Account of plague administration in the Bombay Presidency from September 1896 till May 1897
Year: 1896
Disease focus: Plague
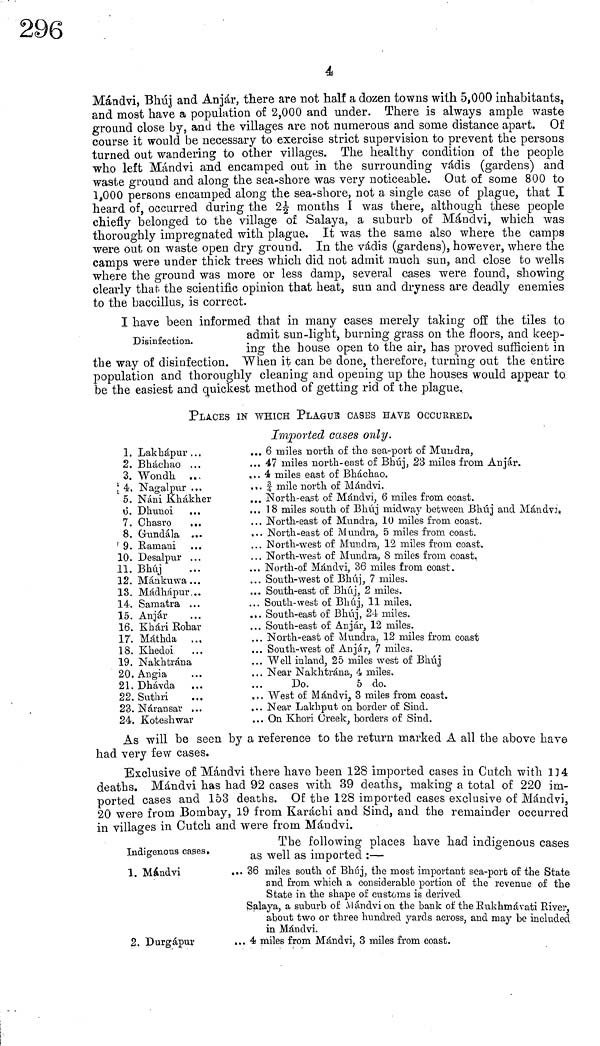
4
Mándvi, Bhúj and Anjár, there are not half a dozen towns with 5,000 inhabitants,
and most have a population of 2,000 and under. There is always ample waste
ground close by, and the villages are not numerous and some distance apart. Of
course it would be necessary to exercise strict supervision to prevent the persons
turned out wandering to other villages. The healthy condition of the people
who left Mándvi and encamped out in the surrounding vádis (gardens) and
waste ground and along the sea-shore was very noticeable. Out of some 800 to
1,000 persons encamped along the sea-shore, not a single case of plague, that I
heard of, occurred during the 2 1/2 months I was there, although these people
chiefly belonged to the village of Salaya, a suburb of Mándvi, which was
thoroughly impregnated with plague. It was the same also where the camps
were out on waste open dry ground. In the vádis (gardens), however, where the
camps were under thick trees which did not admit much sun, and close to wells
where the ground was more or less damp, several cases were found, showing
clearly that the scientific opinion that heat, sun and dryness are deadly enemies
to the baccillus, is correct.
Disinfection.
I have been informed that in many cases merely taking- off the tiles to
admit sun-lignt, burning grass on the floors, and keep-
ing the house open to the air, has proved sufficient in
When it can be clone, therefore, turning out the entire
the wav of disinfection.
population and thoroughly cleaning and opening up the houses would appear to
be the easiest and quickest method of getting rid of the plague.
PLACES IN WHICH PLAGUE CASES HAVE OCCURRED.
1.
2.
3.
4.
5.
13.
7.
8.
9.
10.
11.
12.
13.
14.
15.
16.
17.
18.
19.
20.
21.
22.
23.
24.
Lakbápur ...
Bháchao ...
Wondh ...
Nagalpur ...
Náni Khákher ...
Dhunoi ...
Ghasro
...
Gundála ...
Rainani ...
Desalpur ...
Bhúj ...
Mánkuwa ...
Mádhápur ...
Samatra ...
Anjar ...
Khári Roher ...
Máthda ...
Khedoi ...
Nakhtrána ...
Angia ...
Dhávda ...
Sutbri ...
Náransar ...
Koteshwar ...
Imported cases only.
... 6 miles north of the sea-port of Mimdra,
... 47 miles north-east of Bhúj, 23 miles from Anjár.
... 4 miles east of Bbáchao.
... 3/4 mile north of Mándvi.
... North-east of Mándvi, 6 miles from coast.
... 18 miles south of Bhúj midway between Bhúj and Mándvi
... North-east of Mundra, 10 miles from coast.
... North-east of Mimdra, 5 miles from coast.
.. North-west of Mundra, 12 miles from coast.
... North-west of Mundra, 8 miles from coast.
... North-of Mándvi, 36 miles from coast.
... South-west of Bhúj, 7 miles.
... South-east of Bhúj, 2 miles.
... South-west of Bhúj, 11 miles.
... South-east of Bhúj, 24 miles.
... South-east of AD jar, 12 miles.
... North-east of Mundra, 12 miles from coast
... South-west of Anjár, 7 miles.
... Well inland, 25 miles west of Bhúj
... Near Nakhtraua, 4 miles.
... Do.
5 do.
... West of M ándvij 3 miles from coast.
... Near Lakhput on border of Sind.
... On Khori Creek, borders of Sind.
As will be seen by a reference to the return marked A all the above have
had very few cases.
Exclusive of Mándvi there have been 128 imported cases in Cutch with 134
deaths. Mándvi has had 92 cases with 39 deaths, making a total of 220 im-
ported cases and 153 deaths. Of the 128 imported cases exclusive of Mándvi,
20 were from Bombay, 19 from Karachi and Sind, and the remainder occurred
in villages in Cutch and were from Mándvi.
The following places have had indigenous cases
as well as imported :—
Indigenous cases.
1. Mándvi
... 36 miles south of Bhiij, the most important sea-port of the State
and from which a considerable portion of the revenue of the
State in the shape of customs is derived
2. Durgápur
Salaya, a suburb or Mándvion the bank of the Rukhmávati River,
about two or three hundred yards across, and may be included
in Mándvi.
... 4 miles from Mándvi, 3 miles from coast.